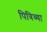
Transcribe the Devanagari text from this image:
पित्रिव्या